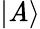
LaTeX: |\mathit{A}\rangle